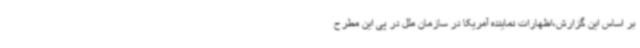
بر اساس این گزارش،اظهارات نماینده آمریکا در سازمان ملل در پی این مطرح